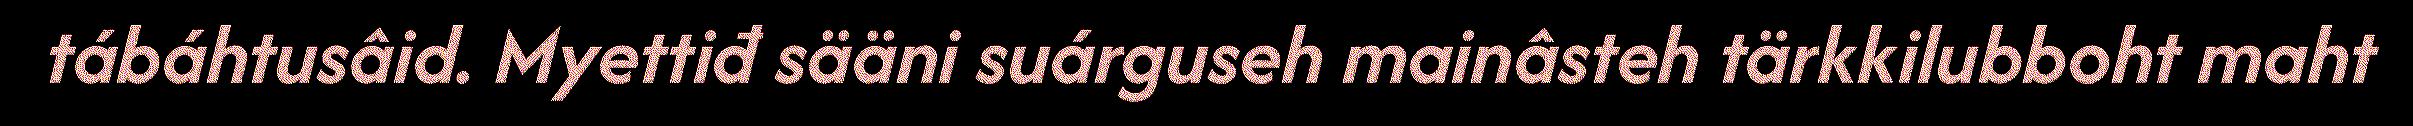
tábáhtusâid. Myettiđ sääni suárguseh mainâsteh tärkkilubboht maht